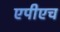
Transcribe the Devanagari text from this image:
एपीएच